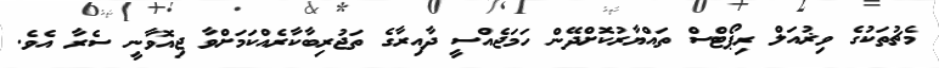
މެޗުތަކުގެ ވިޜުއަލް ރިޕޯޓްސް ތައްޔާރުކޮށްދޭން ހަމަޖެއްސީ ދާއިރާގެ ތަޖުރިބާކާރެއްކަމަށްވާ ޖިއޮވާނީ ސެރާ އެވެ.